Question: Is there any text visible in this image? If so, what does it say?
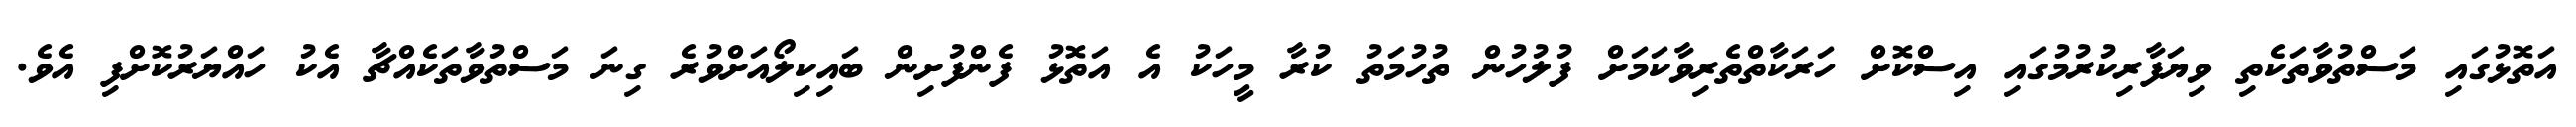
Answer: އަތޮޅުގައި މަސްތުވާތަކެތި ވިޔަފާރިކުރުމުގައި އިސްކޮށް ހަރަކާތްތެރިވާކަމަށް ފުލުހުން ތުހުމަތު ކުރާ މީހަކު އެ އަތޮޅު ފެންފުށިން ބައިކިލޯއަށްވުރެ ގިނަ މަސްތުވާތަކެއްޗާ އެކު ހައްޔަރުކޮށްފި އެވެ.